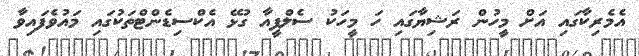
އެމެރިކާގައި އަށް މީހުން ރަޝިޔާގައި ހަ މީހަކު ސެލްފީއާ ގުޅޭ އެކްސިޑެންޓްތަކުގައި މައުވެފައިވާ